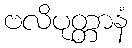
ဗလိပုတ္တာနံ